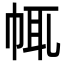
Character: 㡇